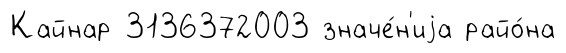
Кайнар 3136372003 значе́н'иjа райо́на